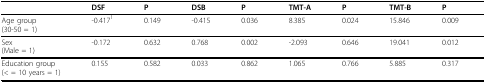
|  | <underline>DSF</underline> | <underline>P</underline> | <underline>DSB</underline> | <underline>P</underline> | <underline>TMT-A</underline> | <underline>P</underline> | <underline>TMT-B</underline> | <underline>P</underline> |
 | --- | --- | --- | --- | --- | --- | --- | --- | --- |
 | Age group(30-50 = 1) | -0.4171 | 0.149 | -0.415 | 0.036 | 8.385 | 0.024 | 15.846 | 0.009 |
 | Sex(Male = 1) | -0.172 | 0.632 | 0.768 | 0.002 | -2.093 | 0.646 | 19.041 | 0.012 |
 | Education group (< = 10 years = 1) | 0.155 | 0.582 | 0.033 | 0.862 | 1.065 | 0.766 | 5.885 | 0.317 |